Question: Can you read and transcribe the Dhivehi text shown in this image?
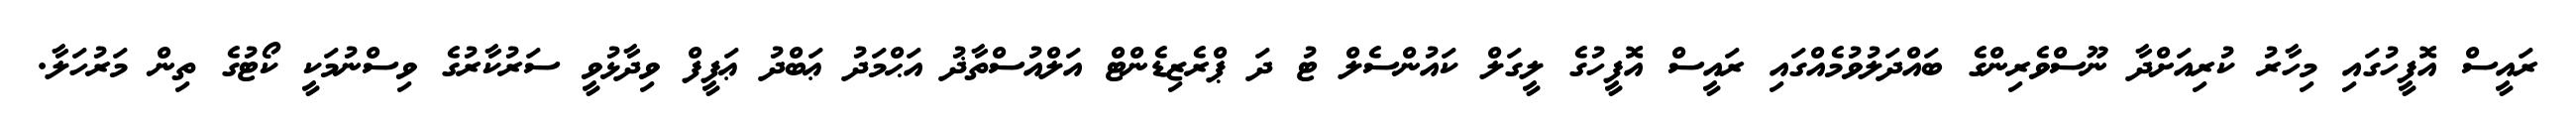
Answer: ރައީސް އޮފީހުގައި މިހާރު ކުރިއަށްދާ ނޫސްވެރިންގެ ބައްދަލުވުމެއްގައި ރައީސް އޮފީހުގެ ލީގަލް ކައުންސެލް ޓު ދަ ޕްރެޒިޑެންޓް އަލްއުސްތާޛު އަޙްމަދު ޢަބްދު ޢަފީފް ވިދާޅުވީ ސަރުކާރުގެ ވިސްނުމަކީ ކޯޓުގެ ތިން މަރުހަލާ.